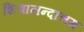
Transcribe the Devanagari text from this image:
शिवानन्दाश्रम